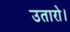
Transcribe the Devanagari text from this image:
उतारो।